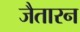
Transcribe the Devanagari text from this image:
जैतारन